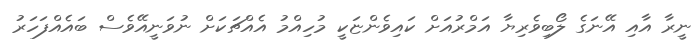
ނީރާ އާއި އޭނަގެ ލޯބިވެރިޔާ އަމްރުއަށް ކައިވެންޏަކީ މުހިއްމު އެއްޗަކަށް ނުވަނީއޭވެސް ބައެއްފަހަރު